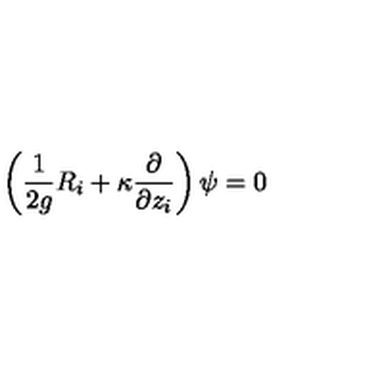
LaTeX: \left( \frac { 1 } { 2 g } R _ { i } + \kappa \frac { \partial } { \partial z _ { i } } \right) \psi = 0